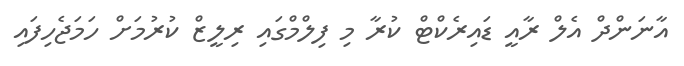
އާނަންދް އެލް ރާއީ ޑައިރެކްޓް ކުރާ މި ފިލްމްގައި ރިލީޒް ކުރުމަށް ހަމަޖެހިފައި